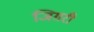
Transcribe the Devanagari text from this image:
जिग़री